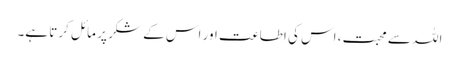
اللہ سے محبت، اس کی اطاعت اور اس کے شکر پر مائل کرتا ہے۔